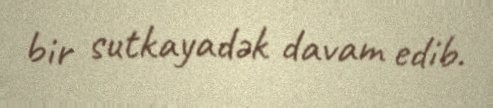
bir sutkayadək davam edib.